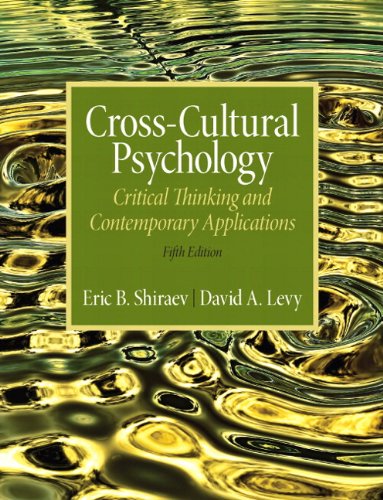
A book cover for Cross-Cultural Psychology: Critical Thinking and Contemporary Applications Plus MySearchLab with eText -- Access Card Package (5th Edition); Eric B. Shiraev; Medical Books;